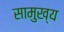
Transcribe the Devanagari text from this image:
सामुख्य